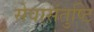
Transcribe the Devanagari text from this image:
सेवासंतुष्टि